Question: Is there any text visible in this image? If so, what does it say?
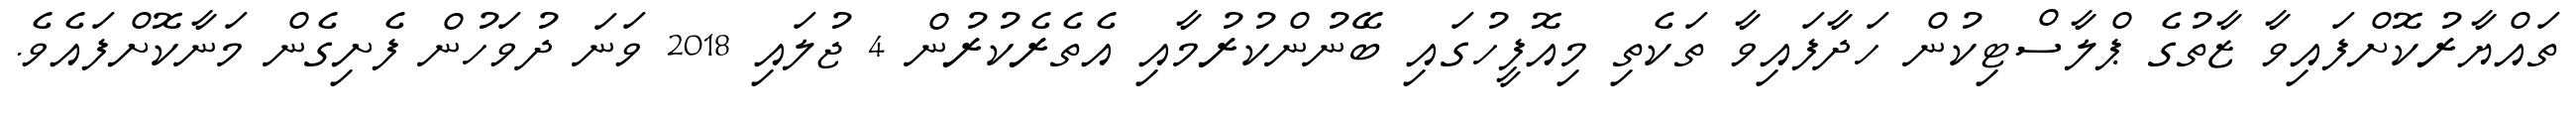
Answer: ތައްޔާރުކޮށްފައިވާ ޒާތުގެ ޕްލާސްޓިކުން ހަދާފައިވާ ތަކެތި މިއޮފީހުގައި ބޭނުންކުރުމާއި އެތެރެކުރުން 4 ޖުލައި 2018 ވަނަ ދުވަހުން ފެށިގެން މަނާކޮށްފައެވެ.